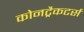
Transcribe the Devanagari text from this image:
कोनट्रैकटर्स